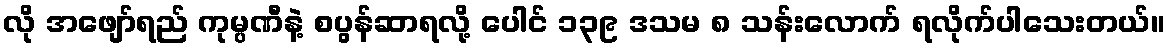
လို အဖျော်ရည် ကုမ္ပဏီနဲ့ စပွန်ဆာရလို့ ပေါင် ၁၃၉ ဒသမ ၈ သန်းလောက် ရလိုက်ပါသေးတယ်။